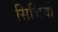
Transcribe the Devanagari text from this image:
सिद्धियो